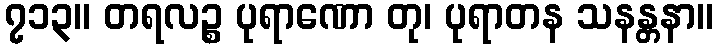
၇၁၃။ တရလဉ္စ ပုရာဏော တု၊ ပုရာတန သနန္တနာ။